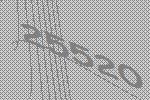
25520